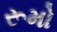
રૂમો